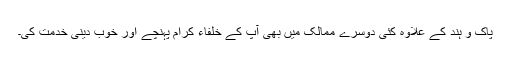
پاک و ہند کے علاوہ کئی دوسرے ممالک میں بھی آپ کے خلفاء کرام پہنچے اور خوب دینی خدمت کی۔